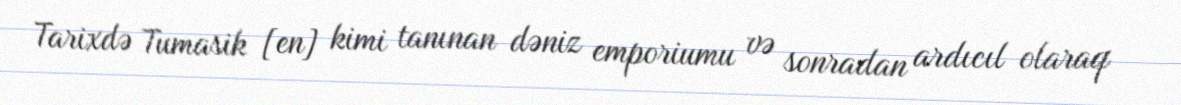
Tarixdə Tumasik [en] kimi tanınan dəniz emporiumu və sonradan ardıcıl olaraq